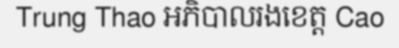
Trung Thao អភិបាលរងខេត្ត Cao